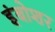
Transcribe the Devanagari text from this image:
इंबोशर